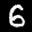
Label: 6